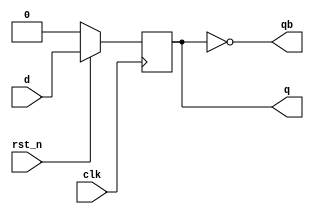
module dff_sync_rst(clk, d, rst_n, q, qb);
    input  clk, d, rst_n;
    output q, qb;
    reg    q;

    assign qb = ~q;

    always @(posedge clk) begin
        if(!rst_n)      // active-low reset
            q <= 1'b0;
        else
            q <= d;
    end
endmodule